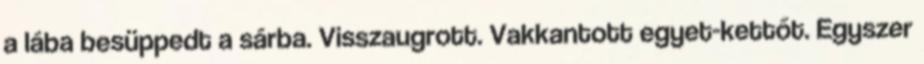
a lába besüppedt a sárba. Visszaugrott. Vakkantott egyet-kettőt. Egyszer